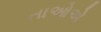
તાઓએ